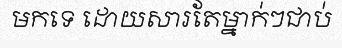
មកទេ ដោយសារតែម្នាក់ៗជាប់